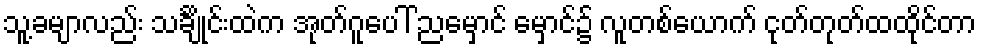
သူ့ခမျာလည်း သင်္ချိုင်းထဲက အုတ်ဂူပေါ် ညမှောင် မှောင်၌ လူတစ်ယောက် ငုတ်တုတ်ထထိုင်တာ